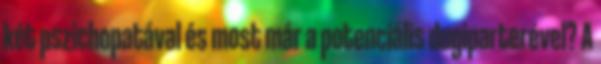
két pszichopatával és most már a potenciális dugiparterével? A